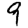
Digit: 9